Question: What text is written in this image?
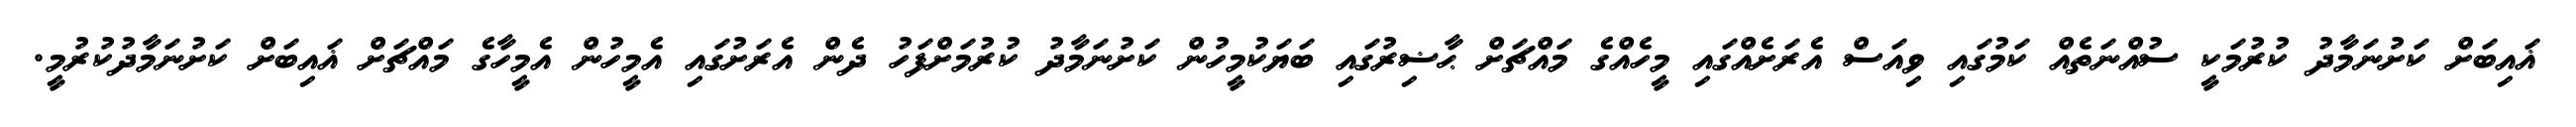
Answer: ޣައިބަށް ކަށުނަމާދު ކުރުމަކީ ސުއްނަތެއް ކަމުގައި ވިއަސް އެރަށެއްގައި މީހެއްގެ މައްޗަށް ޙާޟިރުގައި ބަޔަކުމީހުން ކަށުނަމާދު ކުރުމަށްފަހު ދެން އެރަށުގައި އެމީހުން އެމީހާގެ މައްޗަށް ޣައިބަށް ކަށުނަމާދުކުރުމީ.